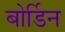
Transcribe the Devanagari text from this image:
बोर्डिन